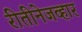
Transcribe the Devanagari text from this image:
रीतीनेजव्हार